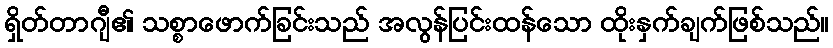
ရှိတ်တာဂျီ၏ သစ္စာဖောက်ခြင်းသည် အလွန်ပြင်းထန်သော ထိုးနှက်ချက်ဖြစ်သည်။